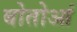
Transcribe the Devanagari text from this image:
बोतोआं